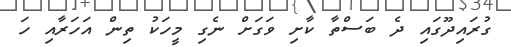
ގުރައިދޫގައި ދެ ބަސްތާ ކާށި ވަގަށް ނެގި މީހަކު ތިން އަހަރާއި ހަ